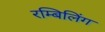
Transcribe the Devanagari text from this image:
रम्बिलिंग